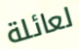
لعائلة